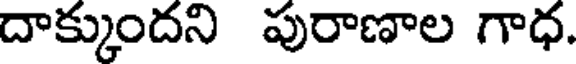
దాక్కుందని పురాణాల గాధ.